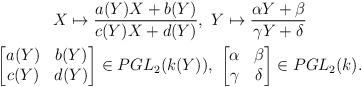
LaTeX: \begin{align*}\begin{gathered}X \mapsto \frac{a(Y)X + b(Y)}{c(Y)X + d(Y)}, \ Y \mapsto \frac{\alpha Y + \beta}{\gamma Y + \delta} \\\begin{bmatrix}a(Y)&b(Y)\\c(Y)&d(Y)\end{bmatrix} \in PGL_2(k(Y)),\ \begin{bmatrix}\alpha & \beta \\ \gamma & \delta\end{bmatrix} \in PGL_2(k).\end{gathered}\end{align*}